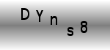
Text: Dyns8